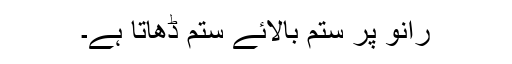
رانو پر ستم بالائے ستم ڈھاتا ہے۔